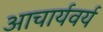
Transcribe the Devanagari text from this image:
आचार्यवर्य